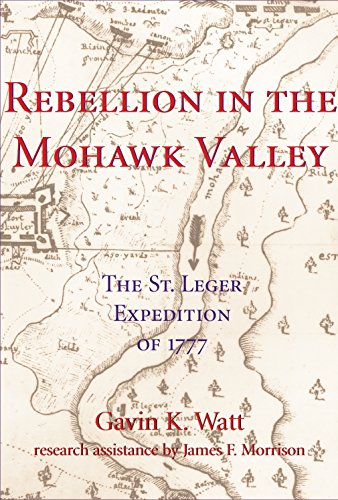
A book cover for Rebellion in the Mohawk Valley: The St. Leger Expedition of 1777; Gavin K. Watt; History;